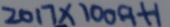
2 0 1 7 \times 1 0 0 9 + 1